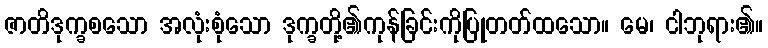
ဇာတိဒုက္ခစသော အလုံးစုံသော ဒုက္ခတို့၏ကုန်ခြင်းကိုပြုတတ်ထသော။ မေ၊ ငါဘုရား၏။